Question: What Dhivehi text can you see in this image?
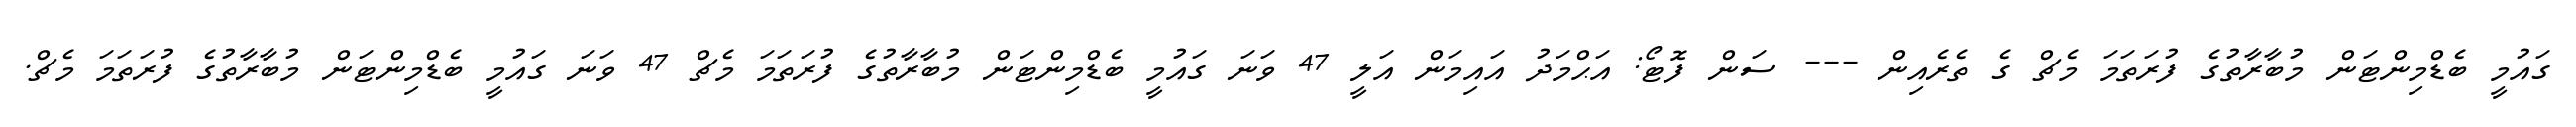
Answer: ގައުމީ ބެޑްމިންޓަން މުބާރާތުގެ ފުރަތަމަ މެޗް ގެ ތެރެއިން --- ސަން ފޮޓޯ: އަޙްމަދު އައިމަން އަލީ 47 ވަނަ ގައުމީ ބެޑްމިންޓަން މުބާރާތުގެ ފުރަތަމަ މެޗް 47 ވަނަ ގައުމީ ބެޑްމިންޓަން މުބާރާތުގެ ފުރަތަމަ މެޗް.